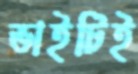
ভাইটিই